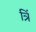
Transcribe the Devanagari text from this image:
त्रिं